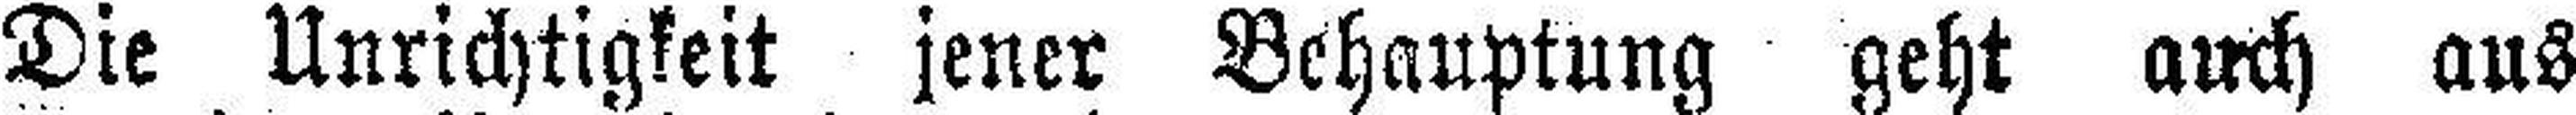
Die Unrichtigkeit jener Behauptung geht auch aus